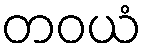
တဝယံ